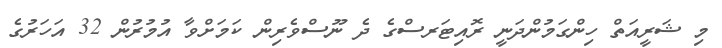
މި ޝަރީއަތް ހިންގަމުންދަނީ ރޮއިޓަރސްގެ ދެ ނޫސްވެރިން ކަމަށްވާ އުމުރުން 32 އަހަރުގެ